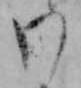
わ